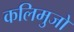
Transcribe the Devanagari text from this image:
कलिमुजो